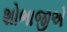
શોભાજીએ